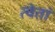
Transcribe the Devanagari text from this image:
त्वेतां